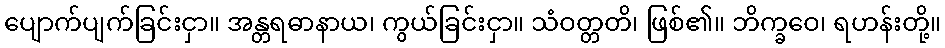
ပျောက်ပျက်ခြင်းငှာ။ အန္တရဓာနာယ၊ ကွယ်ခြင်းငှာ။ သံဝတ္တတိ၊ ဖြစ်၏။ ဘိက္ခဝေ၊ ရဟန်းတို့။